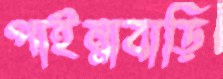
পাইন্নাবাড়ি